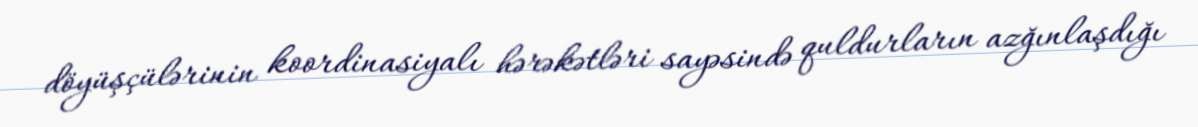
döyüşçülərinin koordinasiyalı hərəkətləri sayəsində quldurların azğınlaşdığı